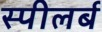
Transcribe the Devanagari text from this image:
स्पीलर्ब